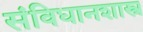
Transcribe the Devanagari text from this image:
संविधानशास्त्र